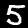
Label: 5